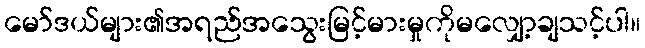
မော်ဒယ်များ၏အရည်အသွေးမြင့်မားမှုကိုမလျှော့ချသင့်ပါ။